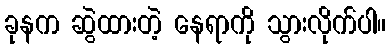
ခုနက ဆွဲထားတဲ့ နေရာကို သွားလိုက်ပါ။